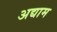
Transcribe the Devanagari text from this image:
अद्याम